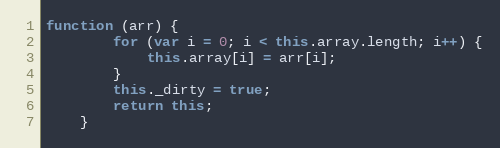
Language: JavaScript
function (arr) {
        for (var i = 0; i < this.array.length; i++) {
            this.array[i] = arr[i];
        }
        this._dirty = true;
        return this;
    }